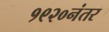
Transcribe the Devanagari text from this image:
१९२०नंतर